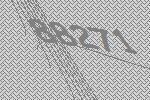
88271